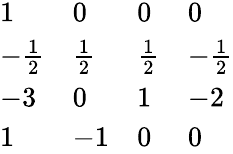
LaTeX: \begin{array}{llll}{{1}}&{{0}}&{{0}}&{{0}}\\ {{-{\frac{1}{2}}}}&{{{\frac{1}{2}}}}&{{{\frac{1}{2}}}}&{{-{\frac{1}{2}}}}\\ {{-3}}&{{0}}&{{1}}&{{-2}}\\ {{1}}&{{-1}}&{{0}}&{{0}}\end{array}